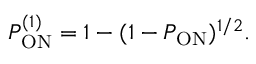
P _ { \mathrm { O N } } ^ { ( 1 ) } = 1 - ( 1 - P _ { \mathrm { O N } } ) ^ { 1 / 2 } .